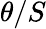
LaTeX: \theta/S